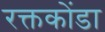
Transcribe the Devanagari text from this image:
रक्तकोंडा